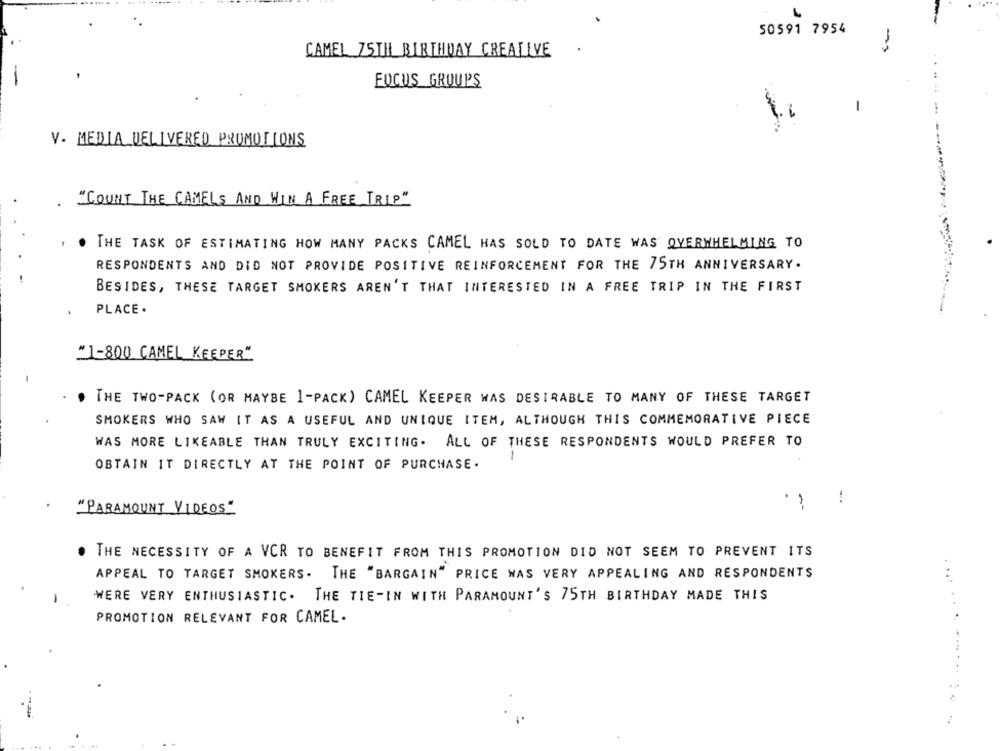
50591 7954
CAMEL 75TH BIRTHDAY CREATIVE
-3
FOCUS GROUPS
-
V. MEDIA DELIVERED PROMOTIONS
. "COUNT THE CAMELS AND WIN A FREE TRIP"
THE TASK OF ESTIMATING HOW MANY PACKS CAMEL HAS SOLD TO DATE WAS OVERWHELMING TO
RESPONDENTS AND DID NOT PROVIDE POSITIVE REINFORCEMENT FOR THE 75TH ANNIVERSARY.
BESIDES, THESE TARGET SMOKERS AREN'T THAT INTERESTED IN A FREE TRIP IN THE FIRST
PLACE .
"1-800 CAMEL KEEPER"
THE TWO-PACK (OR MAYBE I-PACK) CAMEL KEEPER WAS DESIRABLE TO MANY OF THESE TARGET
SMOKERS WHO SAW IT AS A USEFUL AND UNIQUE ITEM, ALTHOUGH THIS COMMEMORATIVE PIECE
WAS MORE LIKEABLE THAN TRULY EXCITING. ALL OF THESE RESPONDENTS WOULD PREFER TO
OBTAIN IT DIRECTLY AT THE POINT OF PURCHASE.
!
"PARAMOUNT VIDEOS"
THE NECESSITY OF A VCR TO BENEFIT FROM THIS PROMOTION DID NOT SEEM TO PREVENT ITS
APPEAL TO TARGET SMOKERS . THE "BARGAIN" PRICE WAS VERY APPEALING AND RESPONDENTS
. ...
WERE VERY ENTHUSIASTIC. THE TIE-IN WITH PARAMOUNT'S 75TH BIRTHDAY MADE THIS
PROMOTION RELEVANT FOR CAMEL.
.............